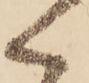
く